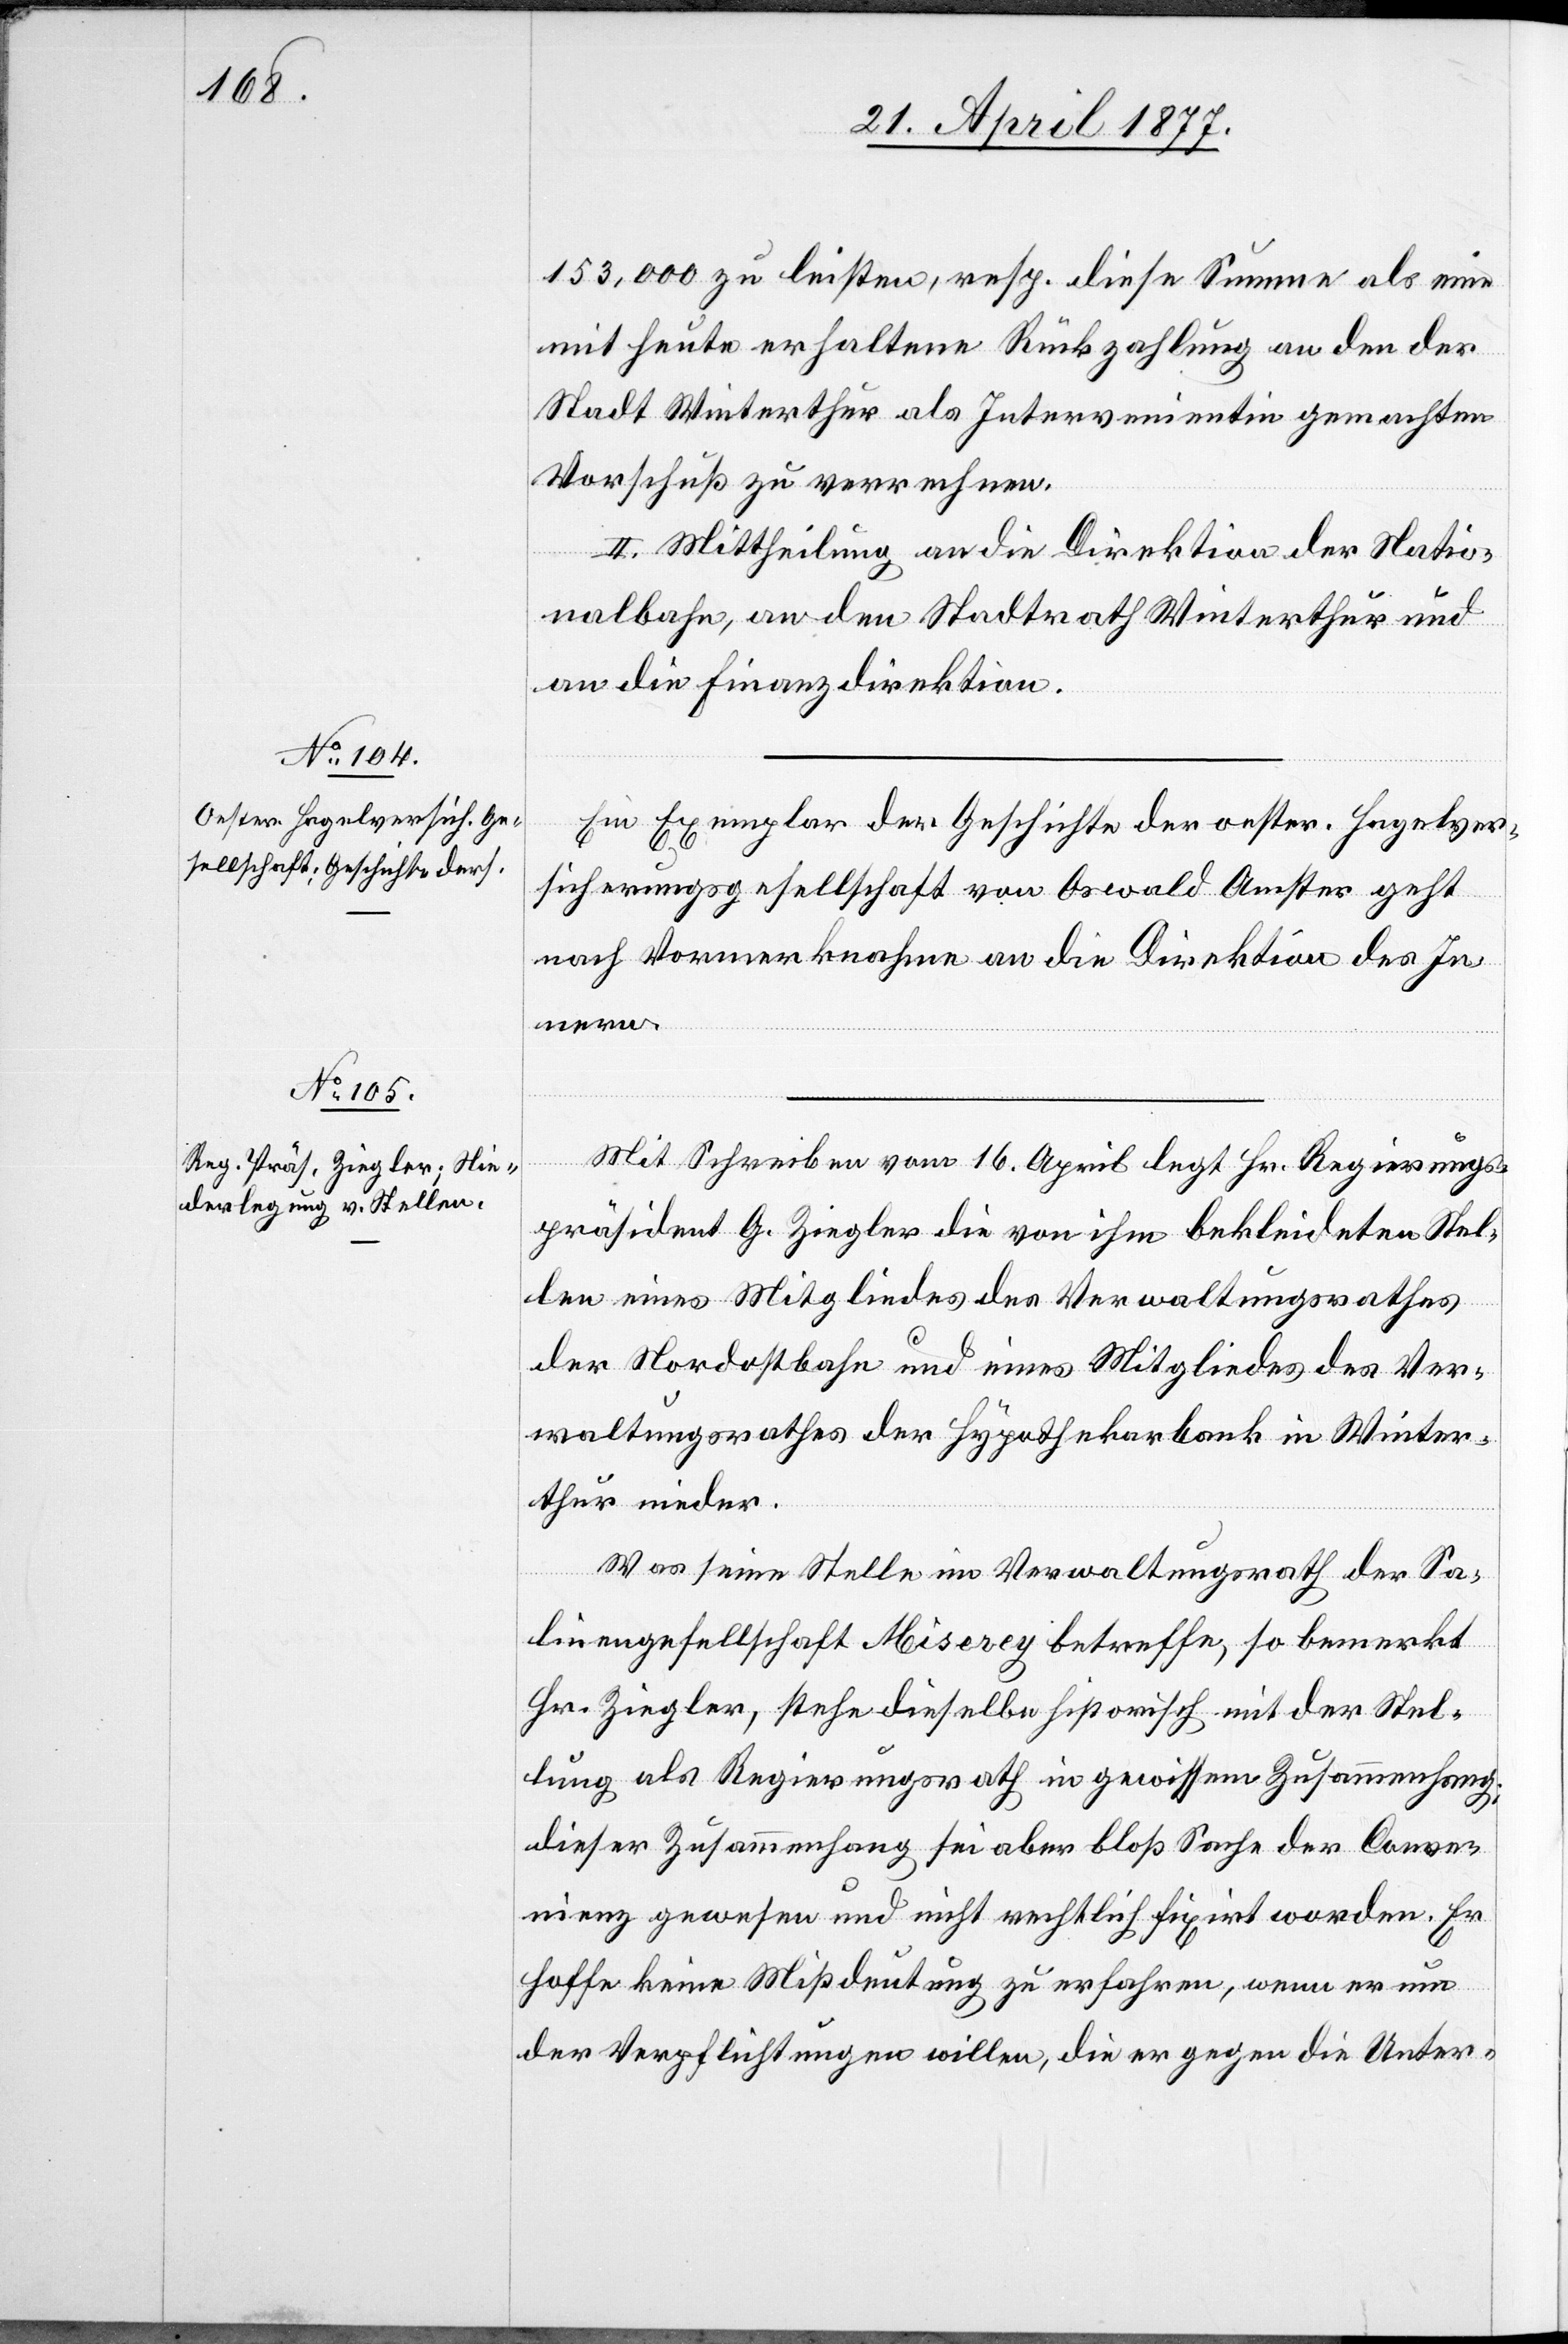
153,000 zu leisten, resp. diese Summe als eine
mit heute erhaltene Rückzahlung an den der
Stadt Winterthur als Intervenientin gemachten
Vorschuß zu verrechnen.
II. Mittheilung an die Direktion der Natio¬
nalbahn, an den Stadtrath Winterthur und
an die Finanzdirektion.
Ein Exemplar der Geschichte der oester. Hagelver¬
sicherungsgesellschaft von Oswald Amster geht
nach Vormerknahme an die Direktion des In¬
nern.
Mit Schreiben vom 16. April legt Hr. Regierungs¬
präsident G. Ziegler die von ihm bekleideten Stel¬
len eines Mitgliedes des Verwaltungsrathes
der Nordostbahn und eines Mitgliedes des Ver¬
waltungsrathes der Hypothekarbank in Winter¬
thur nieder.
Was seine Stelle im Verwaltungsrath der Sa¬
linengesellschaft Miserey betreffe, so bemerkt
Hr. Ziegler, stehe dieselbe historisch mit der Stel¬
lung als Regierungsrath in gewissem Zusammenhang;
dieser Zusammenhang sei aber bloß Sache der Conven¬
ienz gewesen und nicht rechtlich fixirt worden. Er
hoffe keine Mißdeutung zu erfahren, wenn er nun
der Verpflichtungen willen, die er gegen die Unter-